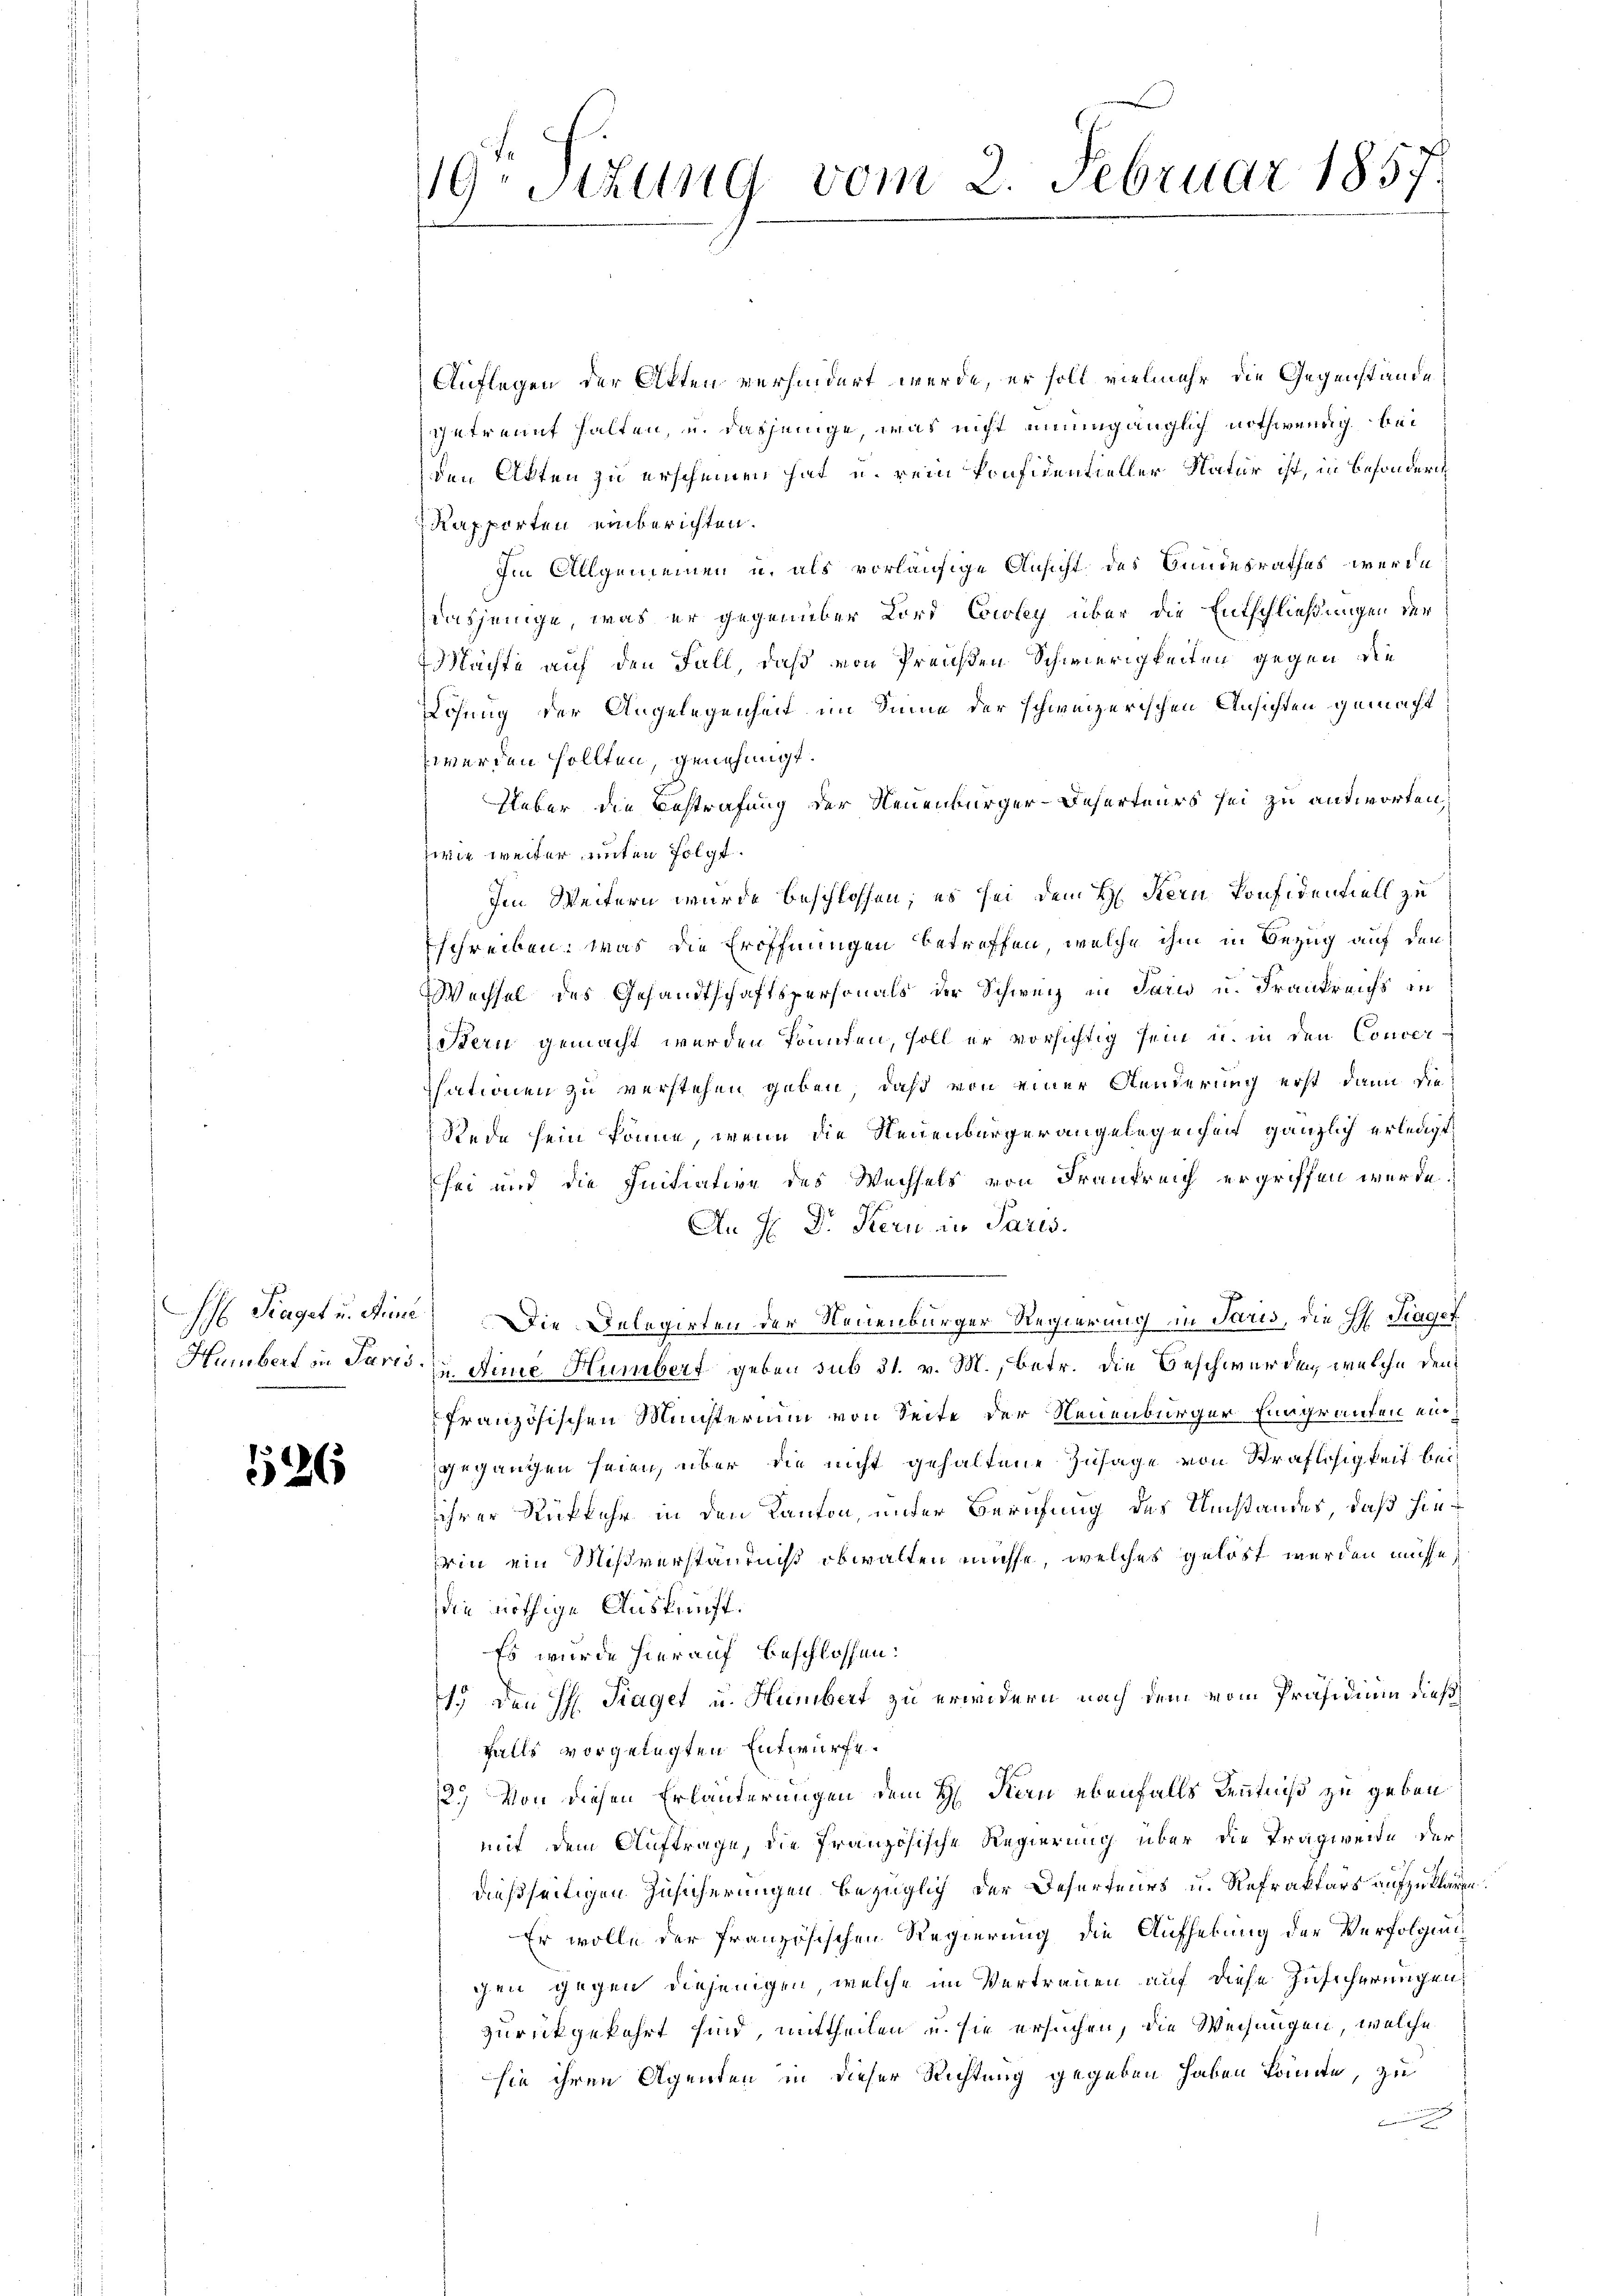
1526

19. Sitzung vom 2. Februar 1857.
1

Auflegen der Akten verhindert werde, er soll vielmehr die Gegenstände
ge trannt halten, u. dasjenige, was nicht unumgänglich nothwendig bei
den Akten zu erscheinen hat u. rein konfidentieller Natur ist, in besonderi
Rapporten einberichten.
Im Allgemeinen u. als vorläufige Ansicht des Bundesrathes – werde
dasjenige, was er gegenüber Lord Cowley über die Entschließungen der
Mächte auf den Fall, daß von Preisen Schwierigkeiten gegen die
Lösung der Angelegenheit im Sinne der schweizerischen Ansichten gemacht
werden sollten, genehmigt.
Ueber die Bestrafung der Neuenburger-Beherteurs sei zu antworten,
zwie weiter unten folgt.
Im Weitern wurde beschlossen; es sei dem H. Stern Konfidentiell zu
schreiben. Was die Eröffnungen betreffen, welche ihm in Bezug auf den
Wechsel des Gesandtschaftspersonals der Schweiz in Paris u. Frankreichs in
Stern gemacht werden könnten, soll er vorsichtig sein u. in den Converisationen zu verstehen geben, daß von einer Aenderung erst dann die
Rede sein könne, wenn die Neuenburgerangelegenheit gänzlich erledigt,
sei und die Initiation des Wechsels von Frankreich ergriffen werde.
An H. Dr Kern in Paris.
Ih Fraget u. Anne) Die Delegirten der Neuenburger Regierung in Paris, die H. Trages
Humbert in Paris in eine Humbert geben sub 31. v. M., betr. die Beschwerden, welche den
französischen Ministerium von Seite der Neuenburger Eingrauten eingegangen seien, über die nicht gehaltene Zusage von Straflosigkeit bei
ihrer Rückkehr in den Kanton, unter Berufung des Umstandes, daß hierin ein Mißverständniß obwalten müsse, welches gelöst werden müsse,
die nöthige Auskunft.
Es wurde hierauf beschlossen:
1o. Den H. Traget u. Humbert zu erwidern nach dem vom Präsidium dießfalls vorgelegten Entwurfe.
12.) Von diesen Erläuterungen dem H. Kern ebenfalls Kenntniß zu geben
mit dem Auftrage, die französische Regierung über die Tragweide der
dießseitigen Zusicherungen bezüglich der Deserteurs u. Refraktars aufzuklären.
Er wolle der französischen Regierung die Aufhebung der Verfolgunchen gegen diejenigen, welche im Vertrauen auf diese Zusicherungen
zurückgekehrt sind, mittheilen u. sie ersuchen, die Weisungen, welche
sie ihren Agenten in dieser Richtung gegeben haben könnte, zu